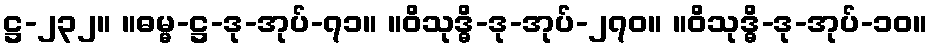
ဋ္ဌ-၂၃၂။ ။ဓမ္မ-ဋ္ဌ-ဒု-အုပ်-၇၁။ ။ဝိသုဒ္ဓိ-ဒု-အုပ်-၂၇၀။ ။ဝိသုဒ္ဓိ-ဒု-အုပ်-၁၀။